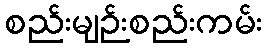
စည်းမျဉ်းစည်းကမ်း